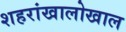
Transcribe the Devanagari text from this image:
शहरांखालोखाल